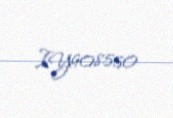
IY908550